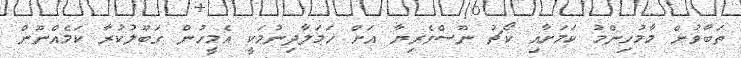
ތަބާވުން މާމުހިންމު ކަމަށާއި ކޯޗު ނޫސްވެރިޔާ އަށް ހަމަލާދިނުމަކީ އެމީހުން ގަބޫލުކުރާ ކަމެއްނޫން